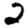
Digit: 2